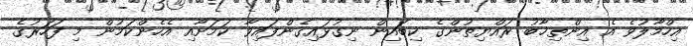
އިހްމާލުވެ އެ އިންތިޚާބު ރައްޔިތުންގެ ކިބައިން ނިގުޅައިގެންފައިވާ ކަމަށާއި އެހެންކަމުން މި ފަހަރުގެ